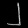
Digit: ၂